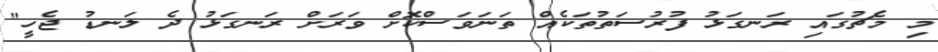
މި މެޗުގައި ރަނގަޅު ފުރުސަތުތަކެއް ތަނަވަސްކޮށް ވަރަށް ރަނގަޅު ދެ ލަނޑު ޖެހީ"